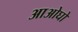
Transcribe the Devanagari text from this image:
आओघो